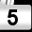
Digit: 5